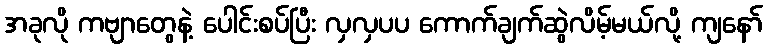
အခုလို ကဗျာတွေနဲ့ ပေါင်းစပ်ပြီး လှလှပပ ကောက်ချက်ဆွဲလိမ့်မယ်လို့ ကျနော်